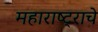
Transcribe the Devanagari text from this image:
महाराष्‍ट्राचे